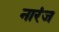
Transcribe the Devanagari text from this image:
नारंज